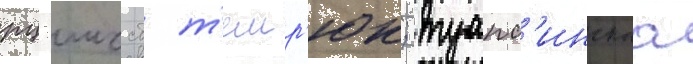
рц гмссб т'емр'юк; туапс'инскаа